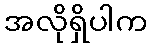
အလိုရှိပါက